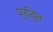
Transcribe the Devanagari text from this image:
प्रवृ़ित